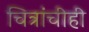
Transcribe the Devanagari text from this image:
चित्रांचीही